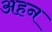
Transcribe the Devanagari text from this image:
अहन